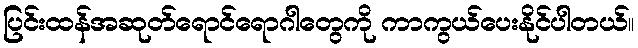
ပြင်းထန်အဆုတ်ရောင်ရောဂါတွေကို ကာကွယ်ပေးနိုင်ပါတယ်။